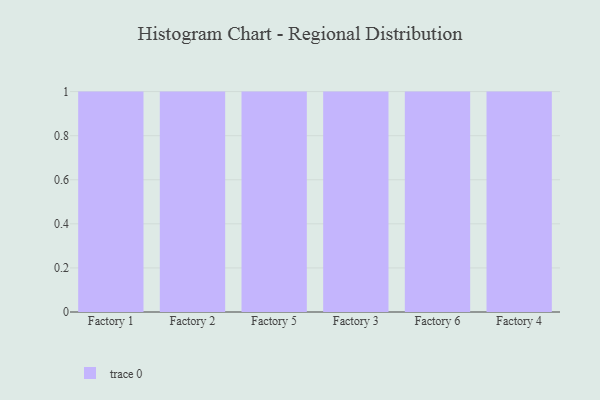
{"axis": {"x": "Factory", "y": "Shipments"}, "legend": [""], "data": [{"x": "Factory 1", "y": 23, "type": ""}, {"x": "Factory 2", "y": 81, "type": ""}, {"x": "Factory 5", "y": 98, "type": ""}, {"x": "Factory 3", "y": 8, "type": ""}, {"x": "Factory 6", "y": 48, "type": ""}, {"x": "Factory 4", "y": 73, "type": ""}]}